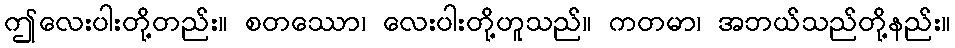
ဤလေးပါးတို့တည်း။ စတဿော၊ လေးပါးတို့ဟူသည်။ ကတမာ၊ အဘယ်သည်တို့နည်း။